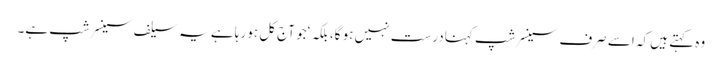
وہ کہتے ہیں کہ اسے صرف سینسرشپ کہنا درست نہیں ہو گا، بلکہ ‘جو آج کل ہو رہا ہے یہ سیلف سینسر شپ ہے۔